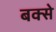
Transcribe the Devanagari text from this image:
बक्‍से